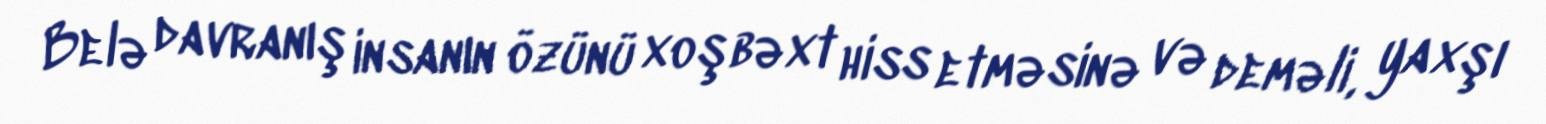
Belə davranış insanın özünü xoşbəxt hiss etməsinə və deməli, yaxşı